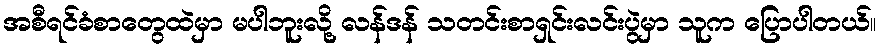
အစီရင်ခံစာတွေထဲမှာ မပါဘူးလို့ လန်ဒန် သတင်းစာရှင်းလင်းပွဲမှာ သူက ပြောပါတယ်။